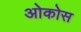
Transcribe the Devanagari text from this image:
ओकोस